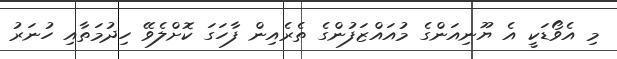
މި އެވޯޑަކީ އެ ޔޫނިއަންގެ މުއައްޒަފުންގެ ތެރެއިން ފާހަގަ ކޮށްލެވޭ ހިދުމަތާއި ހުނަރު